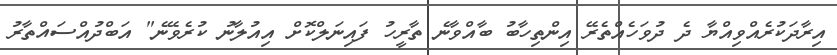
އިރާދަކުރެއްވިއްޔާ ދެ ދުވަހެއްތެރޭ އިންތިހާބު ބާއްވާނެ ތާރީހު ފައިނަލްކޮށް އިއުލާނު ކުރެވޭނެ" އަބްދުއްސައްތާރު